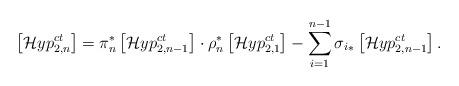
LaTeX: \begin{align*}\left[\mathcal{H}yp^{ct}_{2,n} \right]=\pi_n^*\left[\mathcal{H}yp^{ct}_{2,n-1}\right] \cdot \rho_n^*\left[\mathcal{H}yp^{ct}_{2,1}\right] - \sum_{i=1}^{n-1} {\sigma_{i}}_\ast\left[ \mathcal{H}yp^{ct}_{2,n-1} \right].\end{align*}